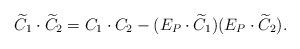
LaTeX: \begin{align*} \widetilde C_1 \cdot \widetilde C_2=C_1 \cdot C_2 -(E_P \cdot \widetilde C_1)(E_P \cdot \widetilde C_2).\end{align*}